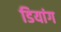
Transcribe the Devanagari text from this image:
डियांग